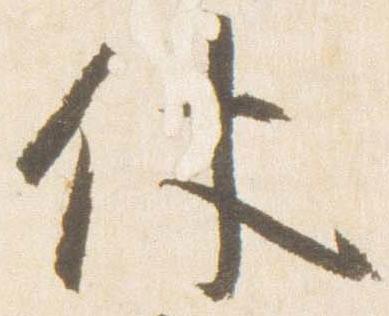
仗